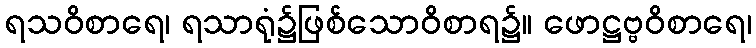
ရသဝိစာရေ၊ ရသာရုံ၌ဖြစ်သောဝိစာရ၌။ ဖောဋ္ဌဗ္ဗဝိစာရေ၊